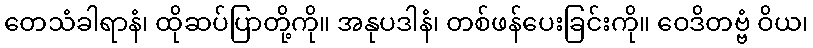
တေသံခါရာနံ၊ ထိုဆပ်ပြာတို့ကို။ အနုပဒါနံ၊ တစ်ဖန်ပေးခြင်းကို။ ဝေဒိတဗ္ဗံ ဝိယ၊